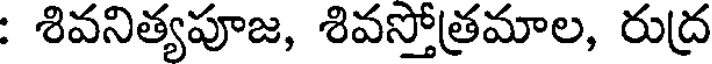
: శివనిత్యపూజ, శివస్తోత్రమాల, రుద్ర